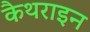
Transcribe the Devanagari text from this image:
कैथराइन